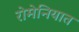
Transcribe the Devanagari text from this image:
रोमेनियात